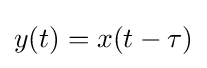
y(t)=x(t-\tau )